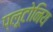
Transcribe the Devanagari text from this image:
प्लूटोनिय